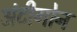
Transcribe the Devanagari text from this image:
अंटीगोन